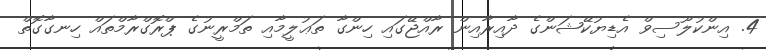
4. އިންކުލޫސިވް އެޑިޔުކޭޝަންގެ ދާއިރާއިން ރާއްޖޭގައި ހިންގާ ތަޢުލީމާއި ތަމްރީނުގެ ޕްރޮގްރާމްތައް ހިނގާގޮތް